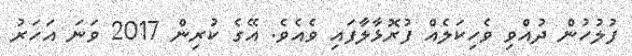
ފުލުހުން ދުއްވި ވެހިކަލެއް ފުރޮޅާލާފައި ވެއެވެ. އޭގެ ކުރިން 2017 ވަނަ އަހަރު